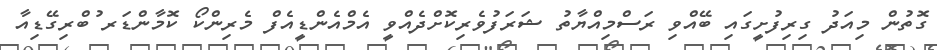
ގޮތުން މިއަދު ގިރިފުށީގައި ބޭއްވި ރަސްމިއްޔާތު ޝަރަފުވެރިކޮށްދެއްވީ އެމްއެންޑީއެފް މެރިންކޯ ކޮމާންޑަރ ުބްރިގޭޑިއާ